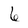
Character: 6